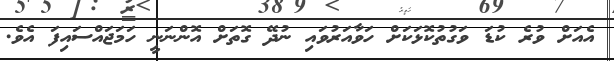
އެއަށް ވުރެ ކުޑަ ވަގުތުކޮޅަކަށް ހަވާއަރުވައި ނުދޭ ގޮތަށް އޮންނަނީ ހަމަޖައްސައިފަ އެވެ.